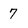
Character: 7